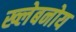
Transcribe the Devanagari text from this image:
ख्लेबनोय